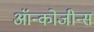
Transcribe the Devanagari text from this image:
ऑन्कोजीन्स